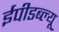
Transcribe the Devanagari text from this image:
ईपीडब्ल्यू